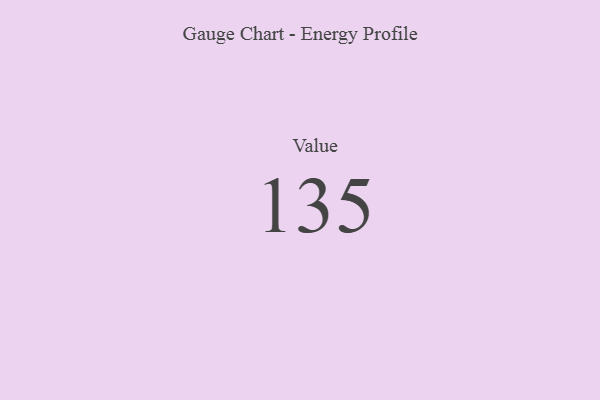
{"axis": {"x": "Metric", "y": "Value"}, "legend": [""], "data": [{"x": "Value", "y": 135, "type": ""}]}